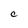
Character: C